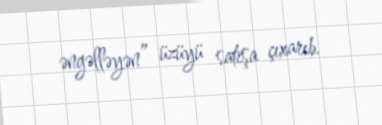
əngəlləyən” üzüyü satışa çıxarıb.